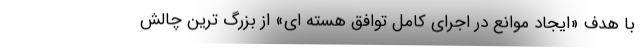
با هدف «ایجاد موانع در اجرای کامل توافق هسته ای» از بزرگ ترین چالش